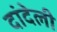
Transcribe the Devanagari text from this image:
दांदेली